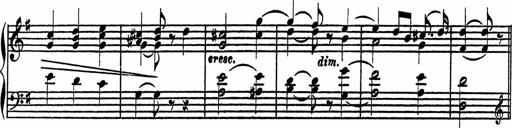
Title: 4 Piano Sonatinas
Composer: Adam Geibel